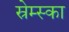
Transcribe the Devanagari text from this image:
स्रेम्स्का